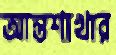
আন্তশাখার